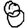
Digit: 8